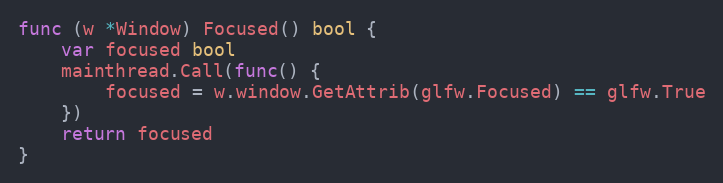
Language: Go
func (w *Window) Focused() bool {
	var focused bool
	mainthread.Call(func() {
		focused = w.window.GetAttrib(glfw.Focused) == glfw.True
	})
	return focused
}